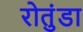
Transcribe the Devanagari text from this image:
रोतुंडा